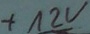
Text: +12V